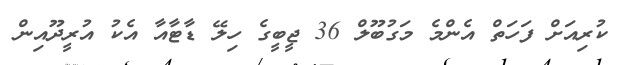
ކުރިއަށް ފަހަތް އެންމެ މަގުބޫލް 36 ޖީބީގެ ހިލޭ ޑާޓާއާ އެކު އުރީދޫއިން